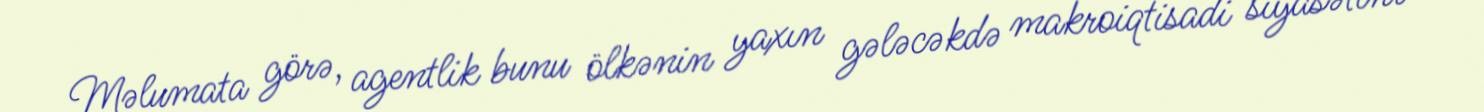
Məlumata görə, agentlik bunu ölkənin yaxın gələcəkdə makroiqtisadi siyasətinə